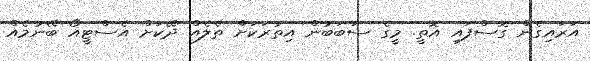
އަރައިގެން ގޮސްފައި އޮތީ. މީގެ ސަބަބުން އިތުރަކަށް ތެލެއް ދޭކަށް އެސްޓީއޯ ބޭނުމެއް